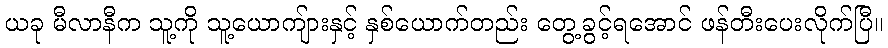
ယခု မီလာနီက သူ့ကို သူ့ယောကျ်ားနှင့် နှစ်ယောက်တည်း တွေ့ခွင့်ရအောင် ဖန်တီးပေးလိုက်ပြီ။